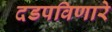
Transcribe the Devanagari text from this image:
दडपविणारे